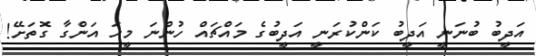
އަދީބު ބުނަނީ އަދީބު ކަންކުރަނީ އަދީބުގެ މައްޗައް ހުންނަ މީހަ އަންގާ ގޮތަށޭ!